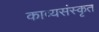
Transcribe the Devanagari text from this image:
काव्यसंस्कृत